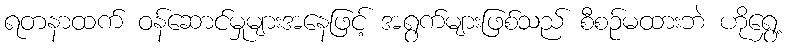
ရတနာထက် ဝန်ဆောင်မှုများအနေဖြင့် အရွက်များဖြစ်သည် စီစဉ်မထားဘဲ ဟိုရွှေ့